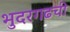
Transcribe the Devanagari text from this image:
भुदरगढची